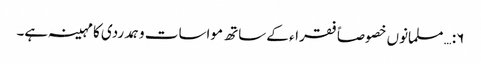
۶:… مسلمانوں خصوصاً فقراء کے ساتھ مواسات وہمدردی کا مہینہ ہے۔